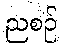
ညစဉ်